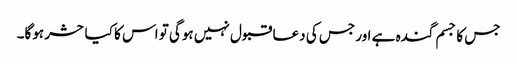
جس کا جسم گندہ ہے اور جس کی دعا قبول نہیں ہوگی تو اس کا کیا حشر ہوگا۔